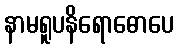
နာမရူပနိရောဓောပေ